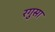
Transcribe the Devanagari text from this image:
रगुसा